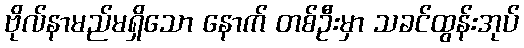
ဗိုလ်နာမည်မရှိသော နောက် တစ်ဦးမှာ သခင်ထွန်းအုပ်